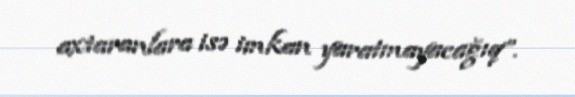
axtaranlara isə imkan yaratmayacağıq”.